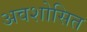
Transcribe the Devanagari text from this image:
अवशोसित